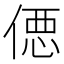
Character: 𰂢